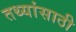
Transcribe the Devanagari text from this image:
तथ्यांसाठी